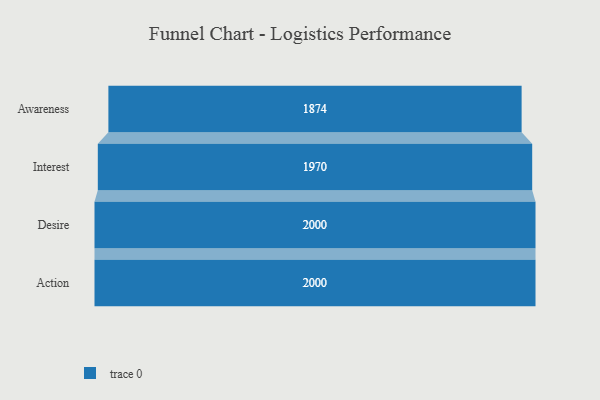
{"axis": {"x": "Stage", "y": "Value"}, "legend": [""], "data": [{"x": "Awareness", "y": 1874.0, "type": ""}, {"x": "Interest", "y": 1970.0, "type": ""}, {"x": "Desire", "y": 2000, "type": ""}, {"x": "Action", "y": 2000, "type": ""}]}